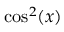
\cos ^ { 2 } ( x )